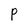
Character: P